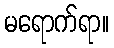
မရောက်ရာ။